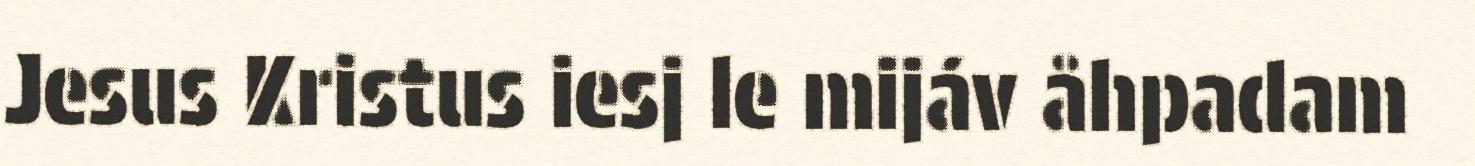
Jesus Kristus iesj le mijáv åhpadam